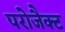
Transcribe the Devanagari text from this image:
परोजैक्ट